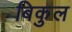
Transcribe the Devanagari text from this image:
बिकुल